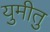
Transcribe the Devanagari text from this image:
युमीतु